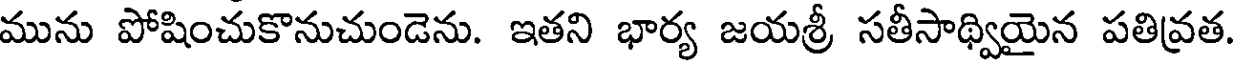
మును పోషించుకొనుచుండెను. ఇతని భార్య జయశ్రీ సతీసాథ్వియైన పతివ్రత